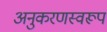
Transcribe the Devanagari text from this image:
अनुकरणस्वरूप